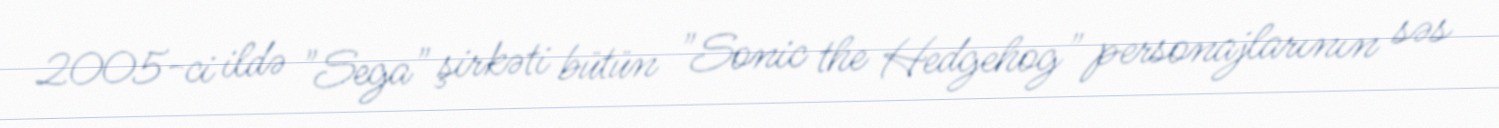
2005-ci ildə "Sega" şirkəti bütün "Sonic the Hedgehog" personajlarının səs